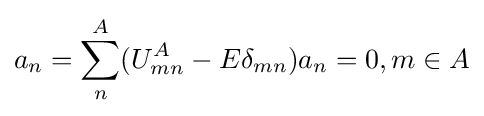
a_{n}=\sum _{n}^{A}(U_{mn}^{A}-E\delta _{mn})a_{n}=0,m\in A